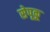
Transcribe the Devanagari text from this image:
सेपूकू